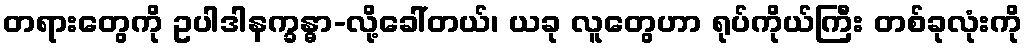
တရားတွေကို ဥပါဒါနက္ခန္ဓာ-လို့ခေါ်တယ်၊ ယခု လူတွေဟာ ရုပ်ကိုယ်ကြီး တစ်ခုလုံးကို